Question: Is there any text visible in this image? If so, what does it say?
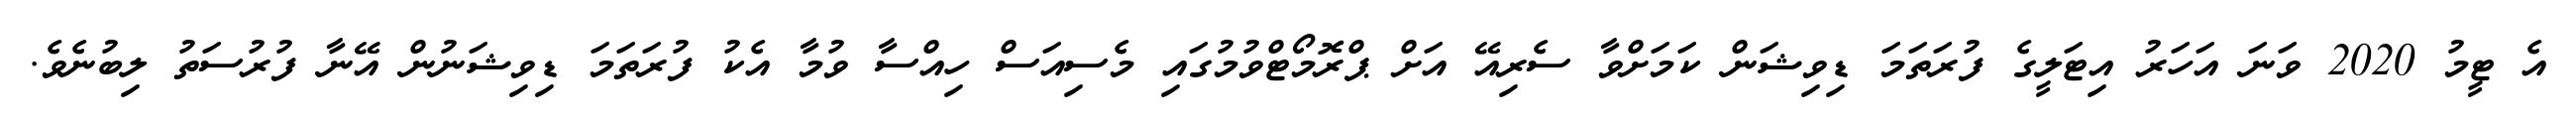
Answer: އެ ޓީމު 2020 ވަނަ އަހަރު އިޓަލީގެ ފުރަތަމަ ޑިވިޝަން ކަމަށްވާ ސެރިއޭ އަށް ޕްރޮމޯޓްވުމުގައި މެސިއަސް ހިއްސާ ވުމާ އެކު ފުރަތަމަ ޑިވިޝަނުން އޭނާ ފުރުސަތު ލިބުނެވެ.